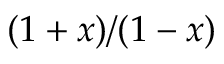
( 1 + x ) / ( 1 - x )